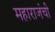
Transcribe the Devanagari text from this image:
महाराजंची